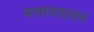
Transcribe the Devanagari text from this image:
मत्सयपालन